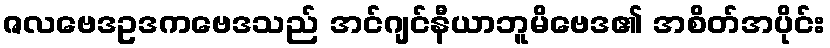
ဇလဗေဒဥဒကဗေဒသည် အင်ဂျင်နီယာဘူမိဗေဒ၏ အစိတ်အပိုင်း